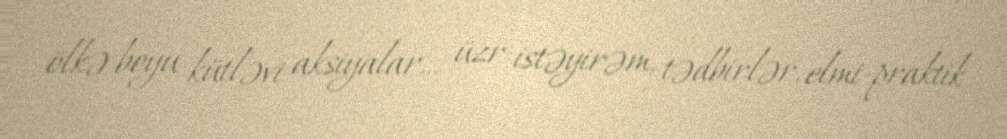
ölkə boyu kütləvi aksiyalar... üzr istəyirəm, tədbirlər, elmi-praktik